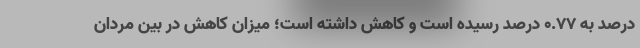
درصد به 0.77 درصد رسیده است و کاهش داشته است؛ میزان کاهش در بین مردان